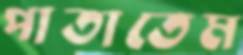
পাতাতেম